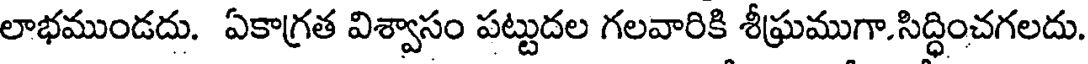
లాభముండదు. ఏకాగ్రత విశ్వాసం పట్టుదల గలవారికి శీఘ్రముగా.సిద్ధించగలదు.